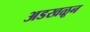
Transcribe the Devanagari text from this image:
अडखळून